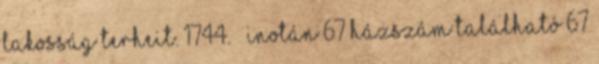
lakosság terheit. 1744. – Inotán 67 házszám található 67